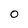
Character: 0